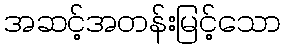
အဆင့်အတန်းမြင့်သော